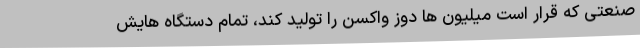
صنعتی که قرار است میلیون ها دوز واکسن را تولید کند، تمام دستگاه هایش